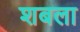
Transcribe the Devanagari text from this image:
शबला